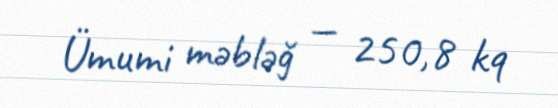
Ümumi məbləğ — 250,8 kq